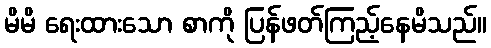
မိမိ ရေးထားသော စာကို ပြန်ဖတ်ကြည့်နေမိသည်။